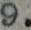
9.